Indian journal of veterinary science and animal husbandry - Volumes 15-17, 1948-1951
Year: 1948
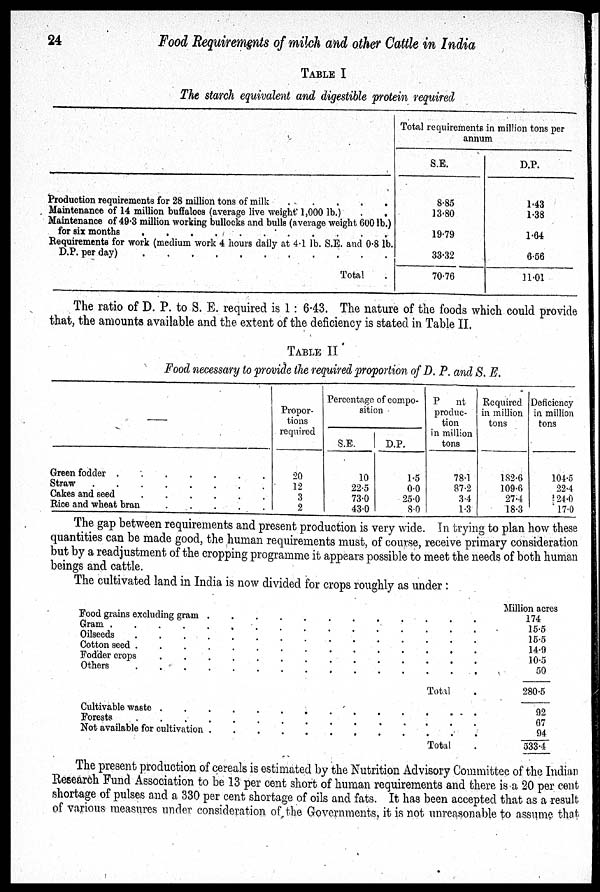
24
Food Requirements of milch and other Cattle in India
TABLE I
The starch equivalent and digestible protein required
Production requirements for 28 million tons of milk
.
.
.
.
.
Maintenance of 14 million buffaloes (average live weight 1,000 lb.) . .
Maintenance of 49.3 million working bullocks and bulls (average weight 600 lb.)
Requirements for work (medium work 4 hours daily at 4.1 lb. S.E. and 0.8 lb.
D.P. per day)
.
.
.
.
.
.
.
.
.
.
Total .
Total requirements in million tons per
annum
S.E.
8.85
13.80
19.79
33.32
70.76
D.P.
1.43
1.38
1.64
6.56
11.01
The ratio of D. P. to S. E. required is 1:6.43. The nature of the foods which could provide
that, the amounts available and the extent of the deficiency is stated in Table II.
TABLE II
Food necessary to provide the required proportion of D. P. and S. E.
—
Green fodder
.
.
.
.
.
.
.
Straw
.
.
.
.
.
.
.
.
Cakes and seed
.
.
.
.
.
.
Rice and wheat bran
.
.
.
.
.
Propor-
tions
required
20
12
3
2
Percentage of compo-
sition
S.E.
1. 0
22.5
73.0
43.0
D.P.
1.5
0.0
25.0
8.0
P
nt
produc-
tion
in million
tons
78.1
87.2
3.4
1.3
Required
in million
tons
182.6
109.6
27.4
18.3
Deficiency
in million
tons
104.5
22.4
24.0
17.0
The gap between requirements and present production is very wide. In trying to plan how these
quantities can be made good, the human requirements must, of course, receive primary consideration
but by a readjustment of the cropping programme it appears possible to meet the needs of both human
beings and cattle.
The cultivated land in India is now divided for crops roughly as under:
Food grains excluding gram . . . . . . . . . . . .
Gram . . . . . . . . . . . . . . . .
Oilseeds
.
.
.
.
.
.
.
.
.
.
.
.
.
.
.
Cotton seed . . . . . . . . . . . . . . .
Fodder crops . . . . . . . . . . . . . . .
Others . . . . . . . . . . . . . . .
Total .
Cultivable waste . . . . . . . . . . . . . . .
Forests . . . . . . . . . . . . . . .
Not available for cultivation . . . . . . . . . . .
Total .
Million acres
174
15.5
15.5
14.9
10.5
50
280.5
92
67
94
533.4
The present production of cereals is estimated by the Nutrition Advisory Committee of the Indian
Research Fund Association to be 13 per cent short of human requirements and there is a 20 per cent
shortage of pulses and a 330 per cent shortage of oils and fats. It has been accepted that as a result
of various measures under consideration of the Governments, it is not unreasonable to assume that